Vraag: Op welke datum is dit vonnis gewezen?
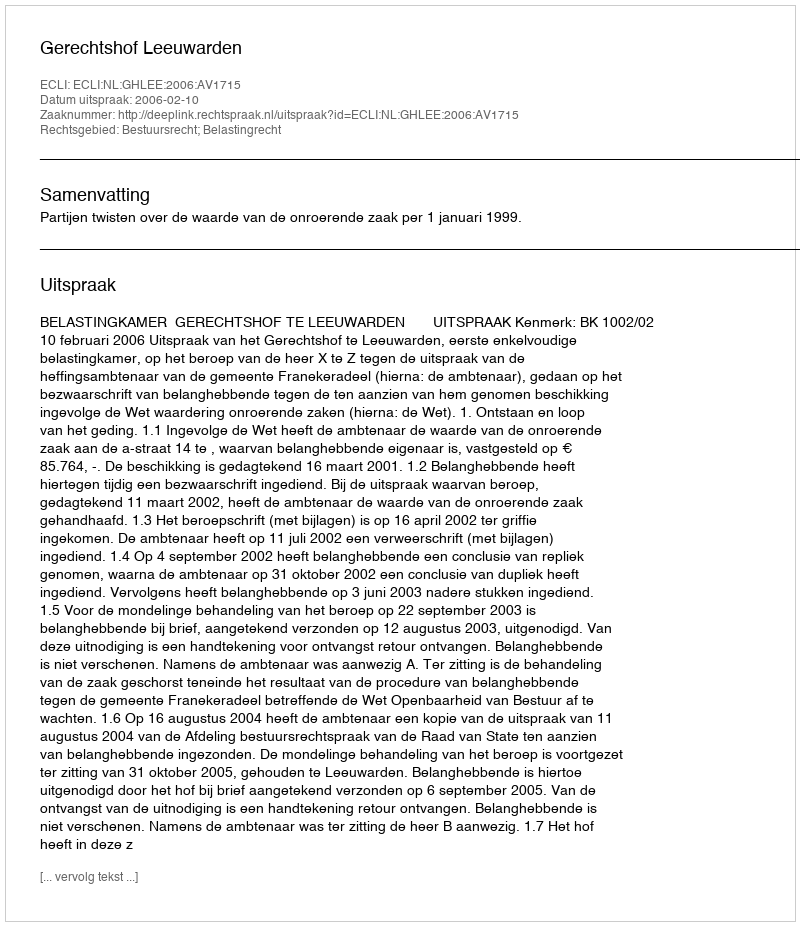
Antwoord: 2006-02-10